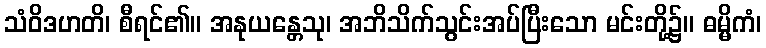
သံဝိဒဟတိ၊ စီရင်၏။ အနုယန္တေသု၊ အဘိသိက်သွင်းအပ်ပြီးသော မင်းတို့၌။ ဓမ္မိကံ၊